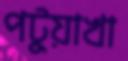
পটুয়াখা